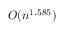
O ( n ^ { 1 . 5 8 5 } )